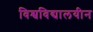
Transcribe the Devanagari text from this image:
विश्वविद्यालयीन